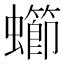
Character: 䗻